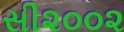
સી૨૦૦૨